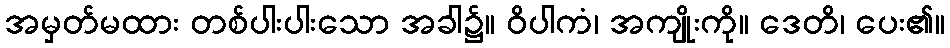
အမှတ်မထား တစ်ပါးပါးသော အခါ၌။ ဝိပါကံ၊ အကျိုးကို။ ဒေတိ၊ ပေး၏။